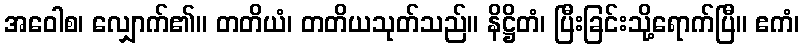
အဝေါစ၊ လျှောက်၏။ တတိယံ၊ တတိယသုတ်သည်။ နိဋ္ဌိတံ၊ ပြီးခြင်းသို့ရောက်ပြီ။ ဧကံ၊